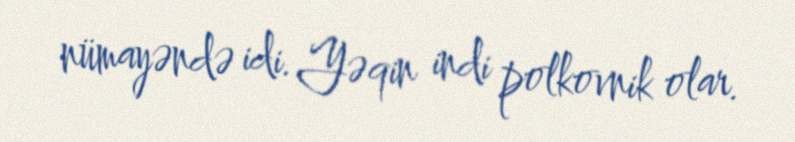
nümayəndə idi. Yəqin indi polkovnik olar.